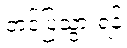
တင်ပြသွားရန်